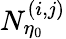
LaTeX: N_{\eta_{0}}^{(i,j)}